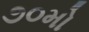
૭૦મો